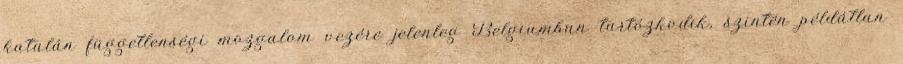
katalán függetlenségi mozgalom vezére jelenleg Belgiumban tartózkodik, szintén példátlan